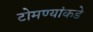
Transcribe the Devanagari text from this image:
टोमण्यांकडे